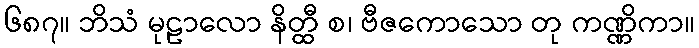
၆၈၇။ ဘိသံ မုဠာလော နိတ္ထီ စ၊ ဗီဇကောသော တု ကဏ္ဏိကာ။